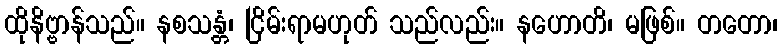
ထိုနိဗ္ဗာန်သည်။ နစသန္တံ၊ ငြိမ်းရာမဟုတ် သည်လည်း။ နဟောတိ၊ မဖြစ်။ တတော၊